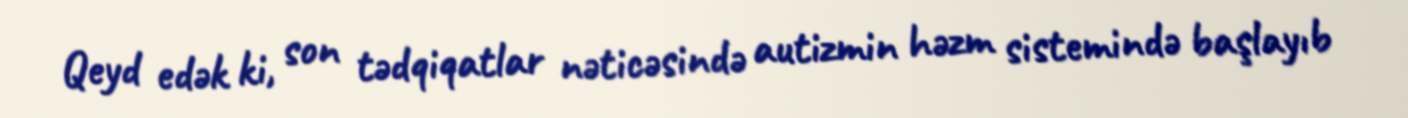
Qeyd edək ki, son tədqiqatlar nəticəsində autizmin həzm sistemində başlayıb